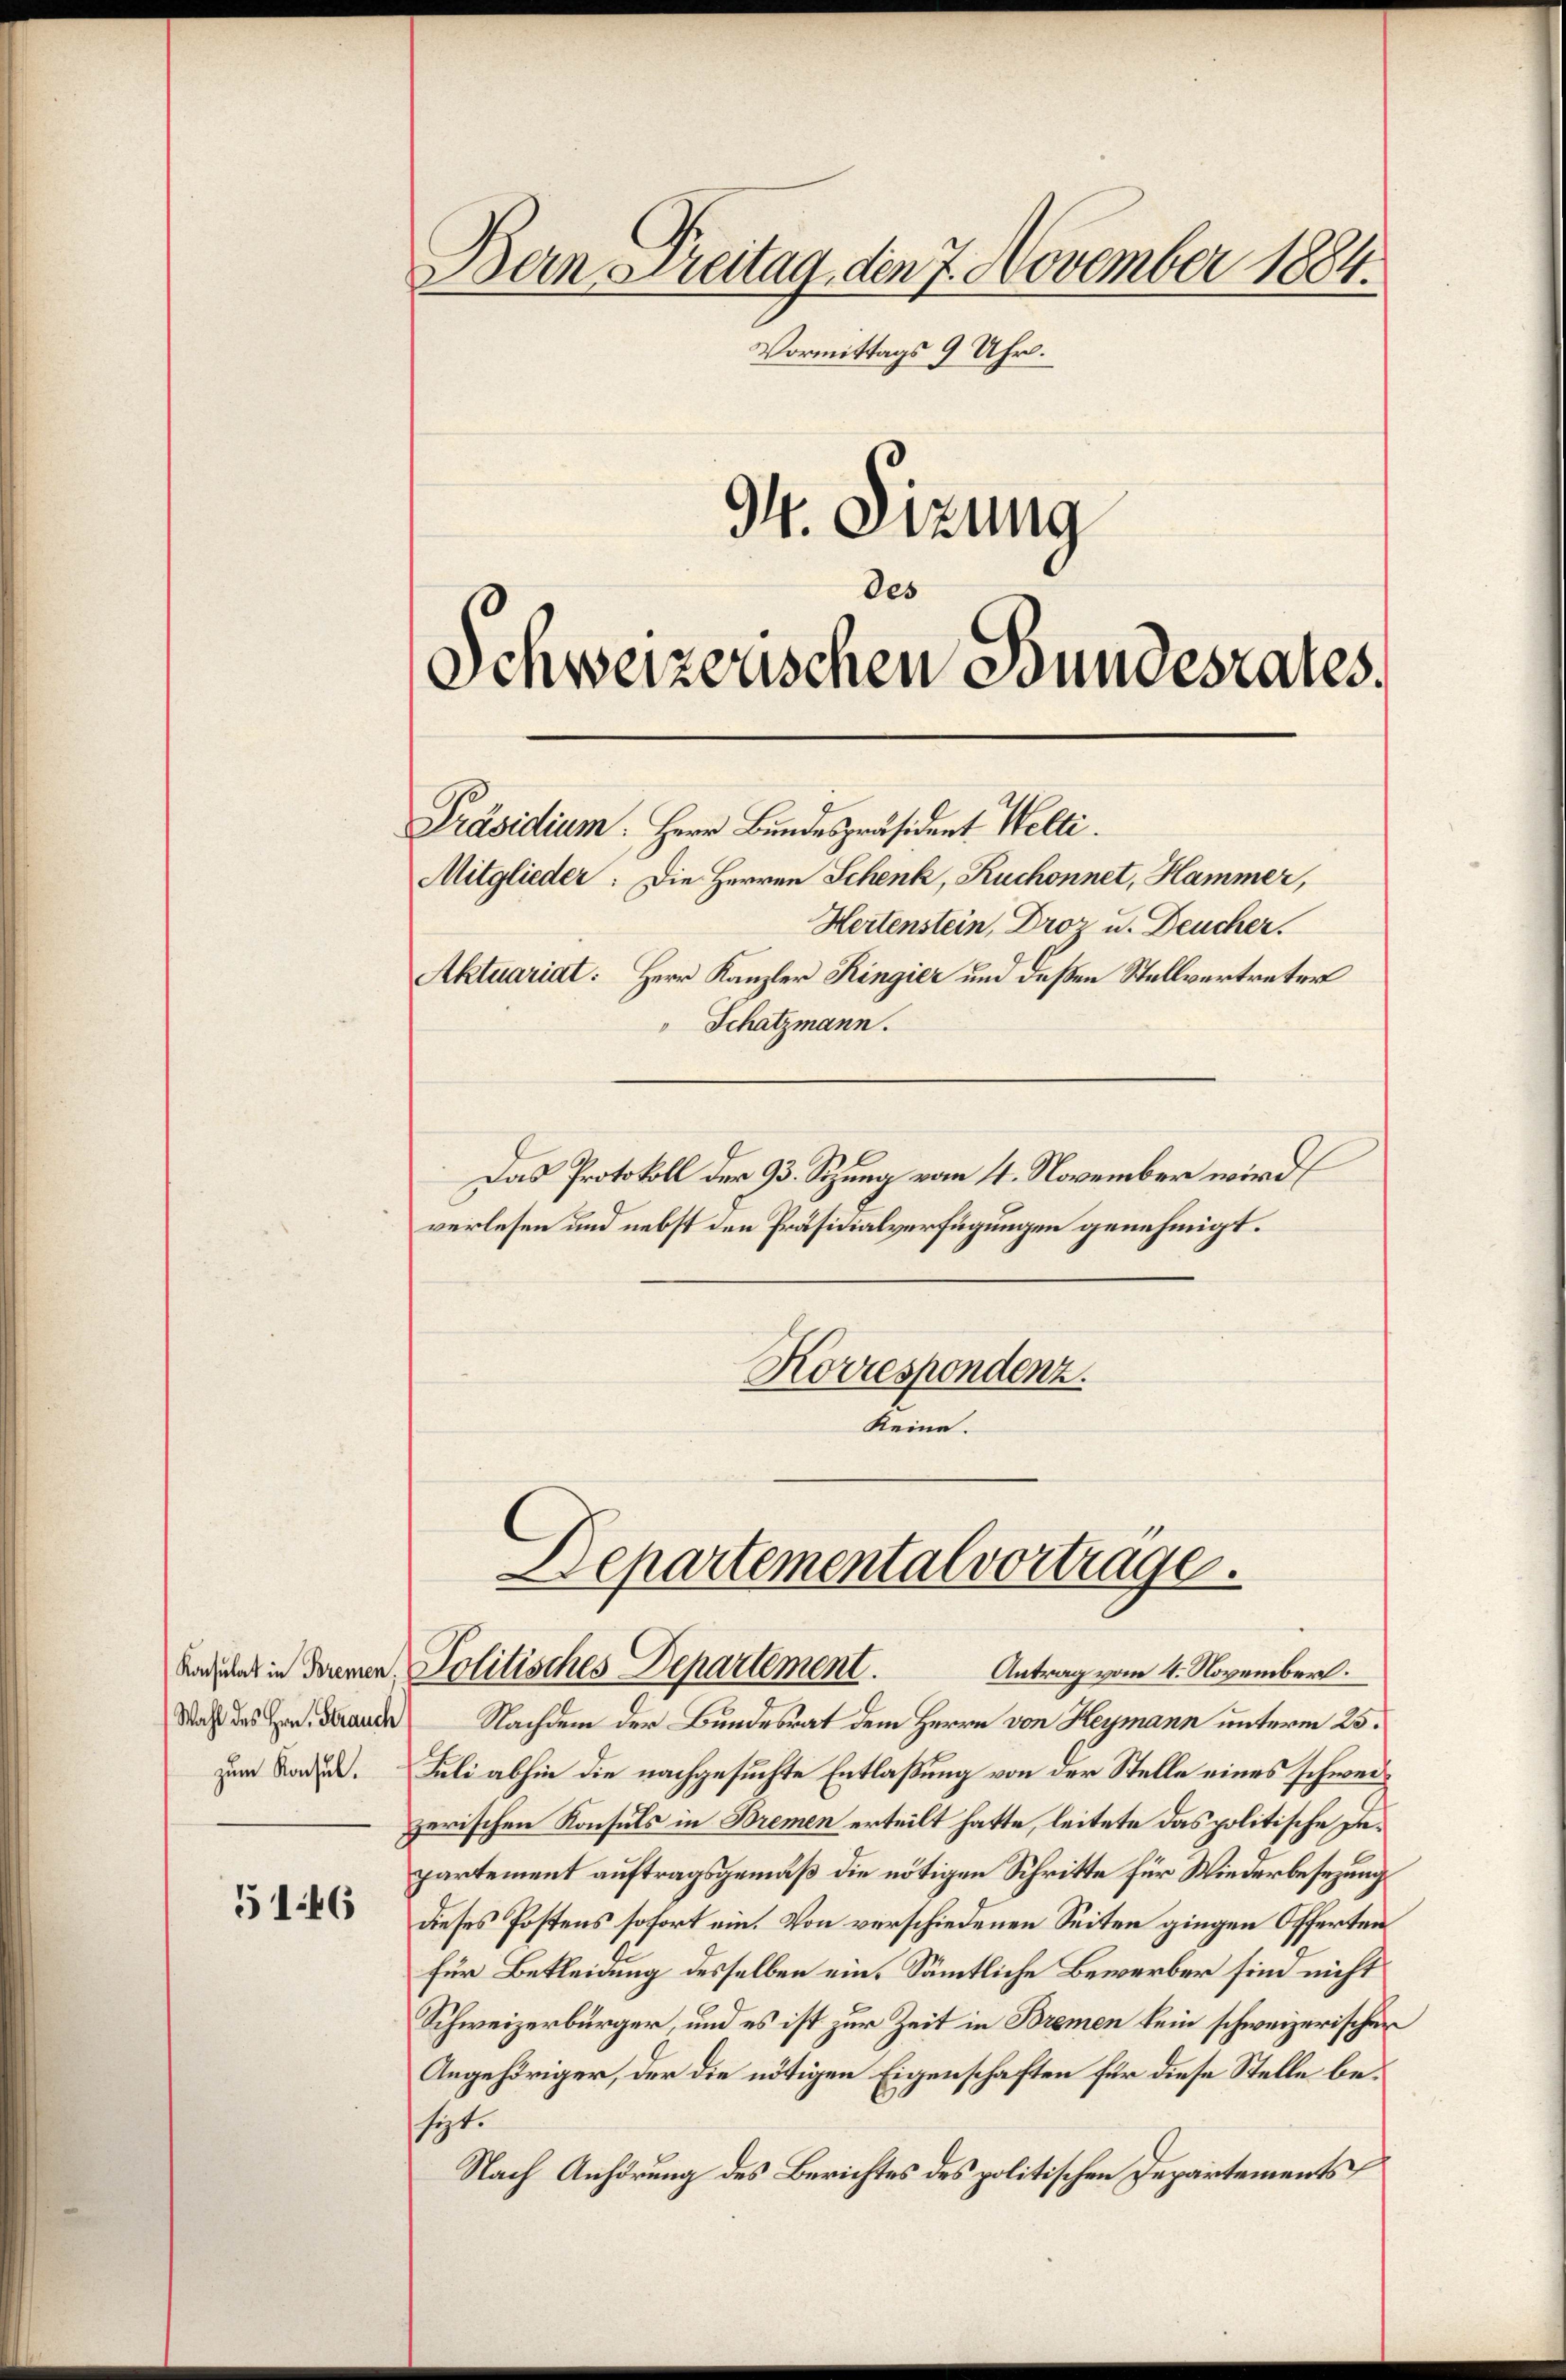
5146

Wahl des Hrn. Strauch

Bern Dreitag, den 7. November 1884.
Vormittags 9 Uhr.
34. Sizung
des
Schweizerischen Bundesrates.

Präsidium. Herr Bundespräsident Welti.
Mitglieder: Die Herren Schenk, Ruchonnet, Hammer,
Hertenstein, Droz u. Deucher.
Aktuariat: Herr Kanzler Ringier und deßen Stellvertreter
" Schatzmann.

Das Protokoll der 93. Setzung vom 4. November wird
verlesen und nebst den Präsidialverfügungen genehmigt.
Korrespondenz.
keine.

Departemental vortrage.
Andung in denen Politisches Departement. Antrag vom 4. November.

Nachdem der Bundesrat dem Herrn von Heymann unterm 25.
um Baden. Juli abhin die nachgesuchte Entlaßung von der Stelle eines schweizerischen Konsuls in Bremen erteilt hatte, leitete das politische Departement auftragsgemäß die nötigen Schritte für Wiederbesezungs
Dieses Postens sofort ein. Von verschiedenen Seiten gingen Offerten
für Bekleidung desselben ein. Sämtliche Bewerber sind nicht
Schweizerbürger, und es ist zur Zeit in Bremen kein schweizerischen
Angehöriger, der die nötigen Eigenschaften für diese Stelle beszt.
Nach Anhörung des Berichtes des politischen Departements